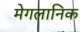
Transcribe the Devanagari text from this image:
मेगलानिक